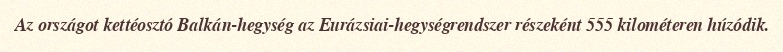
Az országot kettéosztó Balkán-hegység az Eurázsiai-hegységrendszer részeként 555 kilométeren húzódik.